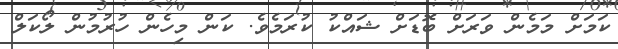
ކަމަށް މަމެން ވަރަށް ބޮޑަށް ޝައްކު ކުރަމެވެ. ކަން މިހެން ހުރުމުން ލޯކަލް